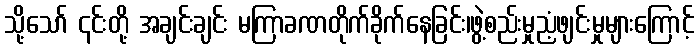
သို့သော် ၎င်းတို့ အချင်းချင်း မကြာခဏတိုက်ခိုက်နေခြင်း၊ဖွဲ့စည်းမှုညံ့ဖျင်းမှုများကြောင့်